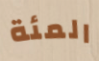
المئة